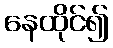
နေထိုင်၍